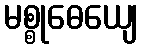
မစ္စုဓေယျေ